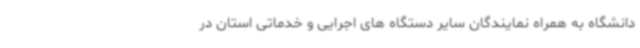
دانشگاه به همراه نمایندگان سایر دستگاه های اجرایی و خدماتی استان در